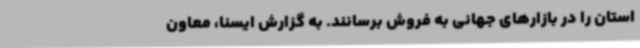
استان را در بازارهای جهانی به فروش برسانند. به گزارش ایسنا، معاون